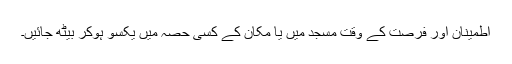
اطمینان اور فرصت کے وقت مسجد میں یا مکان کے کسی حصہ میں یکسو ہوکر بیٹھ جائیں۔